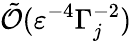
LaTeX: \tilde{\mathcal{O}}(\varepsilon^{-4}\Gamma_{j}^{-2})